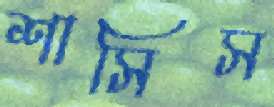
শাসিস